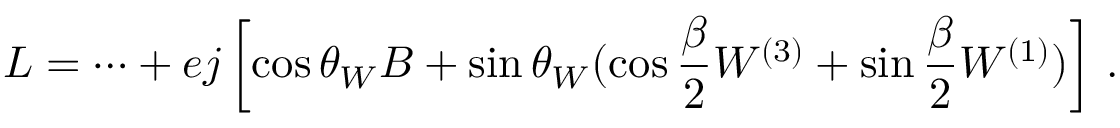
{ \cal L } = \cdots + e j \left[ \cos \theta _ { W } B + \sin \theta _ { W } ( \cos \frac { \beta } { 2 } W ^ { ( 3 ) } + \sin \frac { \beta } { 2 } W ^ { ( 1 ) } ) \right] \, .